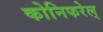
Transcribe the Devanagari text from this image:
कोनिफरेल्